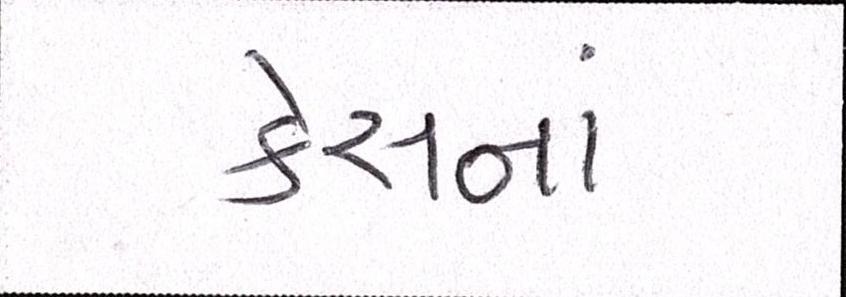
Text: કેસનાં